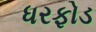
ધરફોડ